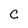
Character: C